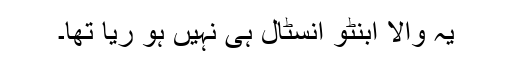
یہ والا ابنٹو انسٹال ہی نہیں ہو ریا تھا۔